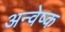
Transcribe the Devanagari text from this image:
अन्वेष्क